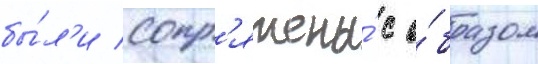
бы́л'и сопр'яжены́ с о́бразом